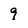
Character: 9